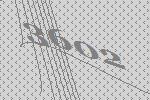
3602